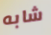
شابه